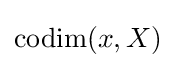
\operatorname {codim} (x,X)